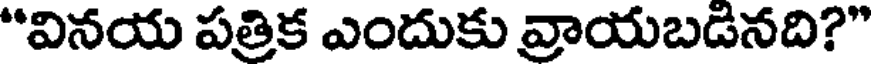
"వినయ పత్రిక ఎందుకు వ్రాయబడినది?"